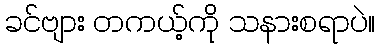
ခင်ဗျား တကယ့်ကို သနားစရာပဲ။